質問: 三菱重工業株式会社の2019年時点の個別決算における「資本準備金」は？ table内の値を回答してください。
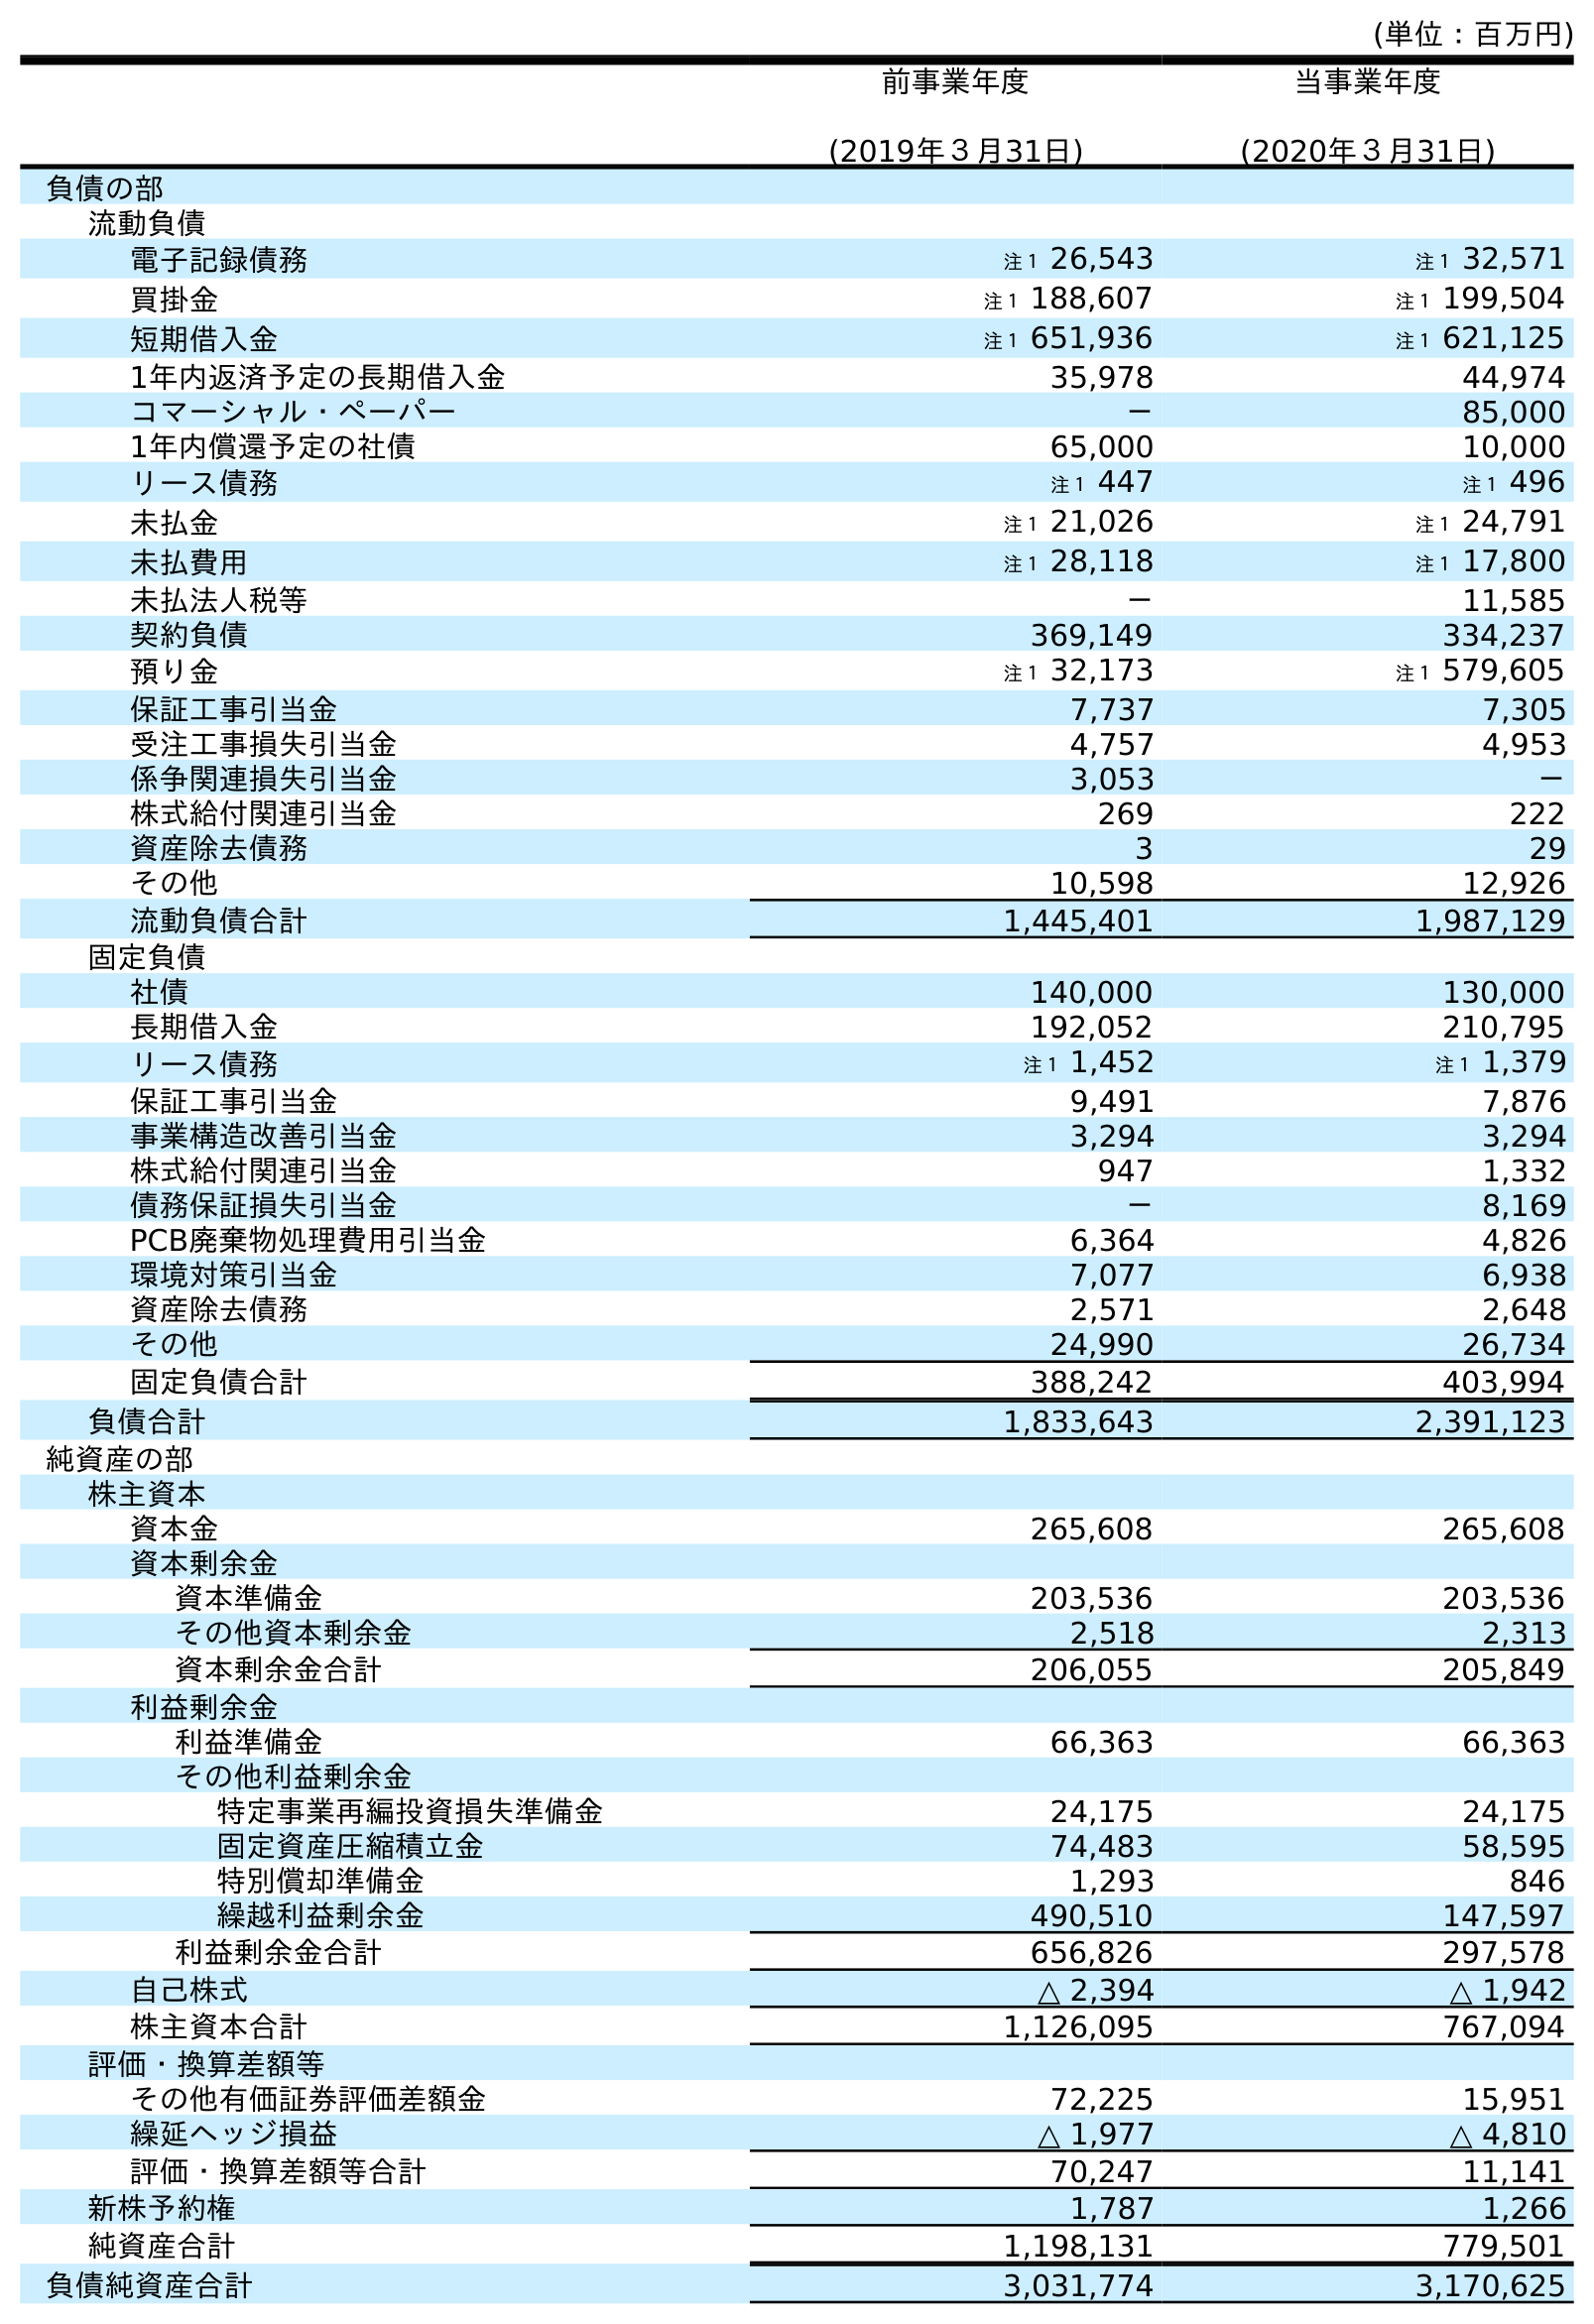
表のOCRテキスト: (単位：百万円) 前事業年度 (2019年３月31日) 当事業年度 (2020年３月31日) 負債の部 流動負債 電子記録債務 注１ 26,543 注１ 32,571 買掛金 注１ 188,607 注１ 199,504 短期借入金 注１ 651,936 注１ 621,125 1年内返済予定の長期借入金 35,978 44,974 コマーシャル・ペーパー － 85,000 1年内償還予定の社債 65,000 10,000 リース債務 注１ 447 注１ 496 未払金 注１ 21,026 注１ 24,791 未払費用 注１ 28,118 注１ 17,800 未払法人税等 － 11,585 契約負債 369,149 334,237 預り金 注１ 32,173 注１ 579,605 保証工事引当金 7,737 7,305 受注工事損失引当金 4,757 4,953 係争関連損失引当金 3,053 － 株式給付関連引当金 269 222 資産除去債務 3 29 その他 10,598 12,926 流動負債合計 1,445,401 1,987,129 固定負債 社債 140,000 130,000 長期借入金 192,052 210,795 リース債務 注１ 1,452 注１ 1,379 保証工事引当金 9,491 7,876 事業構造改善引当金 3,294 3,294 株式給付関連引当金 947 1,332 債務保証損失引当金 － 8,169 PCB廃棄物処理費用引当金 6,364 4,826 環境対策引当金 7,077 6,938 資産除去債務 2,571 2,648 その他 24,990 26,734 固定負債合計 388,242 403,994 負債合計 1,833,643 2,391,123 純資産の部 株主資本 資本金 265,608 265,608 資本剰余金 資本準備金 203,536 203,536 その他資本剰余金 2,518 2,313 資本剰余金合計 206,055 205,849 利益剰余金 利益準備金 66,363 66,363 その他利益剰余金 特定事業再編投資損失準備金 24,175 24,175 固定資産圧縮積立金 74,483 58,595 特別償却準備金 1,293 846 繰越利益剰余金 490,510 147,597 利益剰余金合計 656,826 297,578 自己株式 △ 2,394 △ 1,942 株主資本合計 1,126,095 767,094 評価・換算差額等 その他有価証券評価差額金 72,225 15,951 繰延ヘッジ損益 △ 1,977 △ 4,810 評価・換算差額等合計 70,247 11,141 新株予約権 1,787 1,266 純資産合計 1,198,131 779,501 負債純資産合計 3,031,774 3,170,625
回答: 203,536